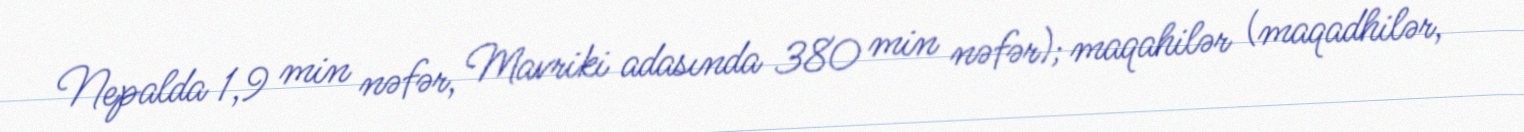
Nepalda 1,9 min nəfər, Mavriki adasında 380 min nəfər); maqahilər (maqadhilər,